Lunatic asylums Central Provinces reports 1910-1926 - 1910-1926
Year: 1910
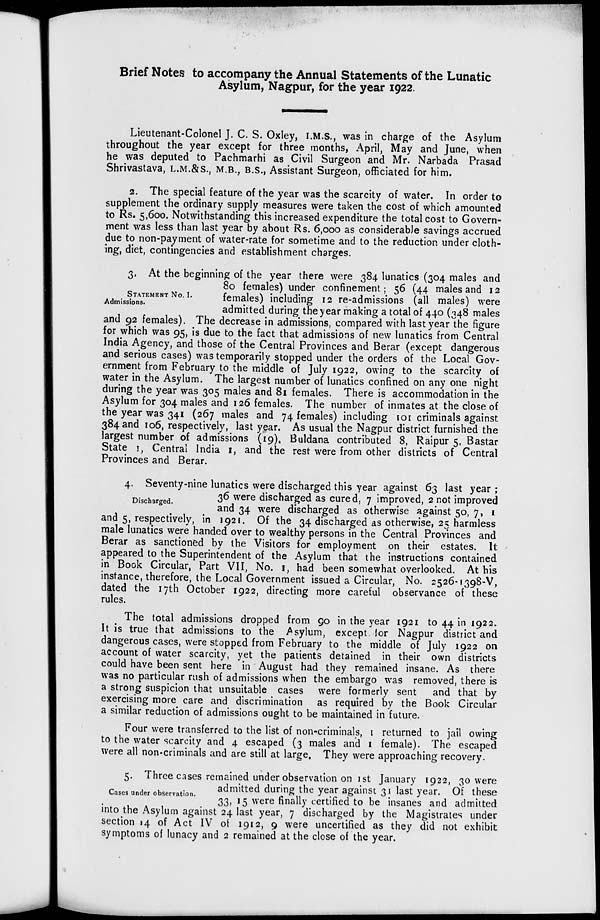
Brief Notes to accompany the Annual Statements of the Lunatic
Asylum, Nagpur, for the year 1922.
Lieutenant-Colonel J. C. S. Oxley, I.M.S., was in charge of the Asylum
throughout the year except for three months, April, May and June, when
he was deputed to Pachmarhi as Civil Surgeon and Mr. Narbada Prasad
Shrivastava, L.M.&S., M.B., B.S., Assistant Surgeon, officiated for him.
2. The special feature of the year was the scarcity of water. In order to
supplement the ordinary supply measures were taken the cost of which amounted
to Rs. 5,600. Notwithstanding this increased expenditure the total cost to Govern-
ment was less than last year by about Rs. 6,000 as considerable savings accrued
due to non-payment of water-rate for sometime and to the reduction under cloth-
ing, diet, contingencies and establishment charges.
STATEMENT No. I.
Admissions.
3. At the beginning of the year there were 384 lunatics (304 males and
80 females) under confinement; 56 (44 males and 12
females) including 12 re-admissions (all males) were
admitted during the year making a total of 440 (348 males
and 92 females). The decrease in admissions, compared with last year the figure
for which was 95, is due to the fact that admissions of new lunatics from Central
India Agency, and those of the Central Provinces and Berar (except dangerous
and serious cases) was temporarily stopped under the orders of the Local Gov-
ernment from February to the middle of July 1922, owing to the scarcity of
water in the Asylum. The largest number of lunatics confined on any one night
during the year was 305 males and 81 females. There is accommodation in the
Asylum for 304 males and 126 females. The number of inmates at the close of
the year was 341 (267 males and 74 females) including 101 criminals against
384 and 106, respectively, last year. As usual the Nagpur district furnished the
largest number of admissions (19). Buldana contributed 8, Raipur 5, Bastar
State 1, Central India 1, and the rest were from other districts of Central
Provinces and Berar.
Discharged.
4. Seventy-nine lunatics were discharged this year against 63 last year;
36 were discharged as cured, 7 improved, 2 not improved
and 34 were discharged as otherwise against 50, 7, 1
and 5, respectively, in 1921. Of the 34 discharged as otherwise, 25 harmless
male lunatics were handed over to wealthy persons in the Central Provinces and
Berar as sanctioned by the Visitors for employment on their estates. It
appeared to the Superintendent of the Asylum that the instructions contained
in Book Circular, Part VII, No. 1, had been somewhat overlooked. At his
instance, therefore, the Local Government issued a Circular, No. 2526-1398-V,
dated the 17th October 1922, directing more careful observance of these
rules.
The total admissions dropped from 90 in the year 1921 to 44 in 1922.
It is true that admissions to the Asylum, except for Nagpur district and
dangerous cases, were stopped from February to the middle of July 1922 on
account of water scarcity, yet the patients detained in their own districts
could have been sent here in August had they remained insane. As there
was no particular rush of admissions when the embargo was removed, there is
a strong suspicion that unsuitable cases were formerly sent and that by
exercising more care and discrimination as required by the Book Circular
a similar reduction of admissions ought to be maintained in future.
Four were transferred to the list of non-criminals, 1 returned to jail owing
to the water scarcity and 4 escaped (3 males and 1 female). The escaped
were all non-criminals and are still at large. They were approaching recovery.
Cases under observation.
5. Three cases remained under observation on 1st January 1922, 30 were
admitted during the year against 31 last year. Of these
33, 15 were finally certified to be insanes and admitted
into the Asylum against 24 last year, 7 discharged by the Magistrates under
section 14 of Act IV of 1912, 9 were uncertified as they did not exhibit
symptoms of lunacy and 2 remained at the close of the year.